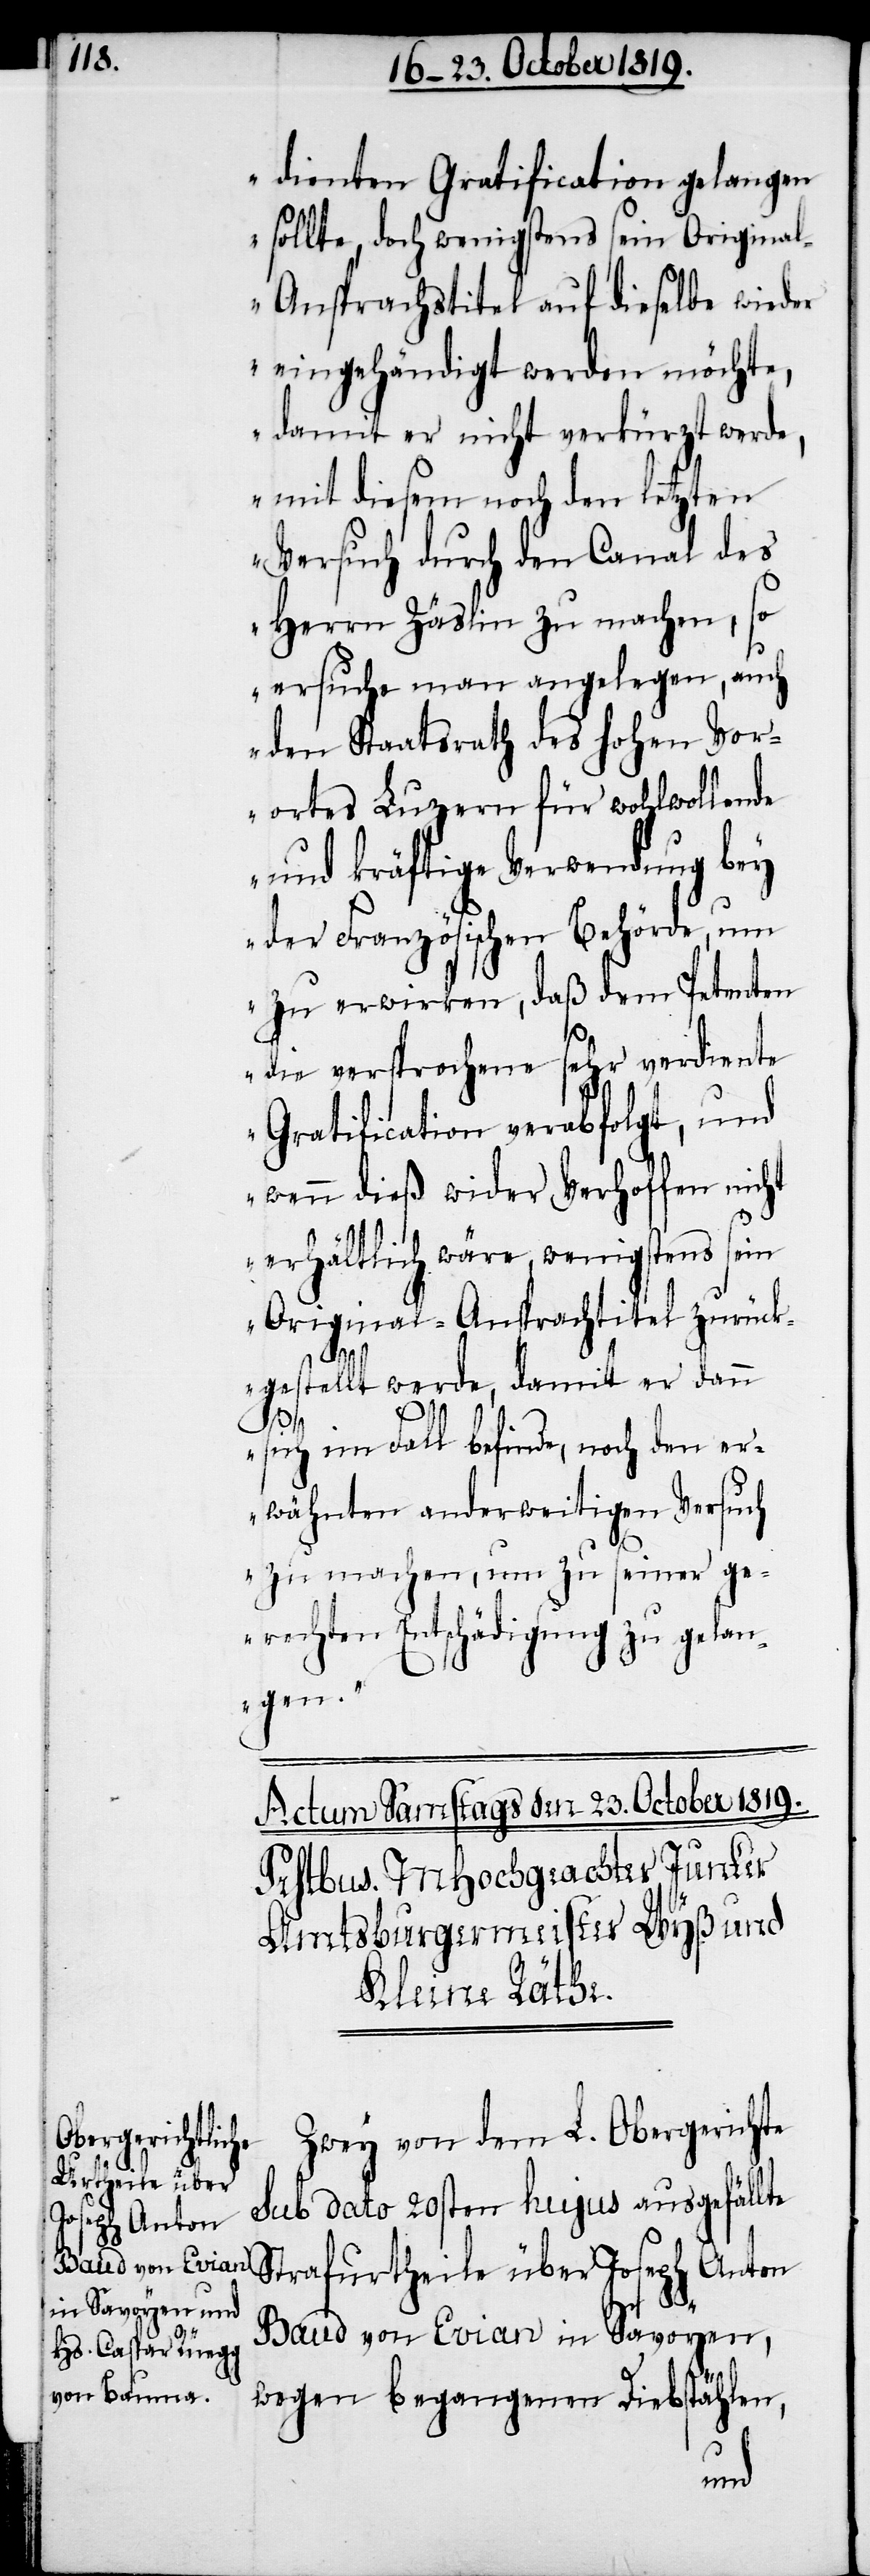
dienten Gratification gelangen
sollte, doch wenigstens sein Origina¬
l-Ansprachstitel auf dieselbe wieder
eingehändigt werden möchte,
damit er nicht verkürzt werde,
mit diesem noch den letzten
Versuch durch den Canal des
Herrn Zäslin zu machen, so
ersuche man angelegen, auch
den Staatsrath des hohen Vor¬
ortes Luzern für wohlwollende
und kräftige Verwendung bey
der Französischen Behörde, um
zu erwirken, daß dem Petenten
die versprochene sehr verdiente
Gratification verabfolgt, und
wenn dieß wider Verhoffen nicht
erhältlich wäre, wenigstens sein
Original-Ansprachtitel zurück¬
gestellt werde, damit er dann
sich im Fall befinde, noch den er¬
wähnten anderweitigen Versuch
zu machen, um zu seiner ge¬
rechten Entschädigung zu gelan¬
gen.
Zwey von dem L. Obergerichte
sub dato 20sten hujus ausgefällte
Strafurtheile über Joseph Anton
Baud von Evian in Savoyen,
wegen begangenen Diebstählen,